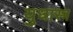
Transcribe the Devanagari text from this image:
युधास्त्र